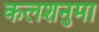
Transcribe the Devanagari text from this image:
कलशनुमा